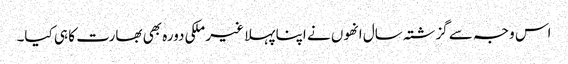
اس وجہ سے گزشتہ سال انھوں نے اپنا پہلا غیر ملکی دورہ بھی بھارت کا ہی کیا۔